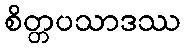
စိတ္တပသာဒဿ